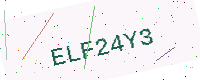
Text: ELF24Y3